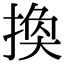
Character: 换